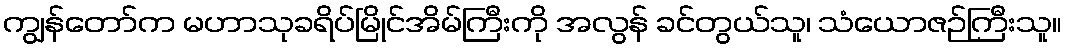
ကျွန်တော်က မဟာသုခရိပ်မြိုင်အိမ်ကြီးကို အလွန် ခင်တွယ်သူ၊ သံယောဇဉ်ကြီးသူ။